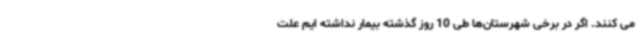
می کنند. اگر در برخی شهرستان‌ها طی 10 روز گذشته بیمار نداشته ایم علت